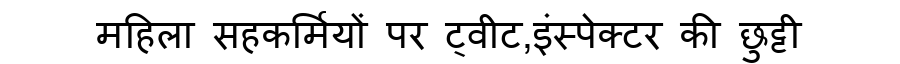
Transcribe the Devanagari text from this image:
महिला सहकर्मियों पर ट्वीट,इंस्पेक्टर की छुट्टी